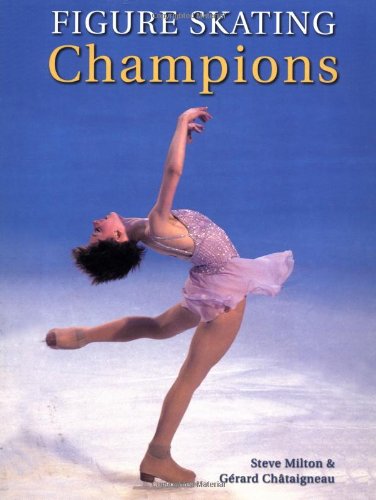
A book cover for Figure Skating Champions: Includes the 2002 Winter Olympics; Steve Milton; Children's Books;